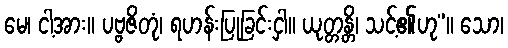
မေ၊ ငါ့အား။ ပဗ္ဗဇိတုံ၊ ရဟန်းပြုခြင်းငှါ။ ယုတ္တန္တိ၊ သင့်၏ဟု”။ သော၊